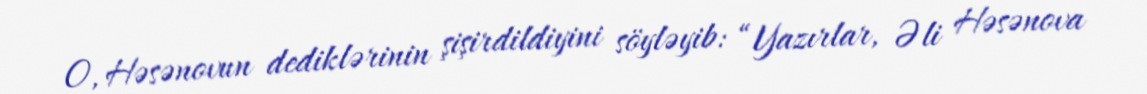
O, Həsənovun dediklərinin şişirdildiyini söyləyib: “Yazırlar, Əli Həsənova